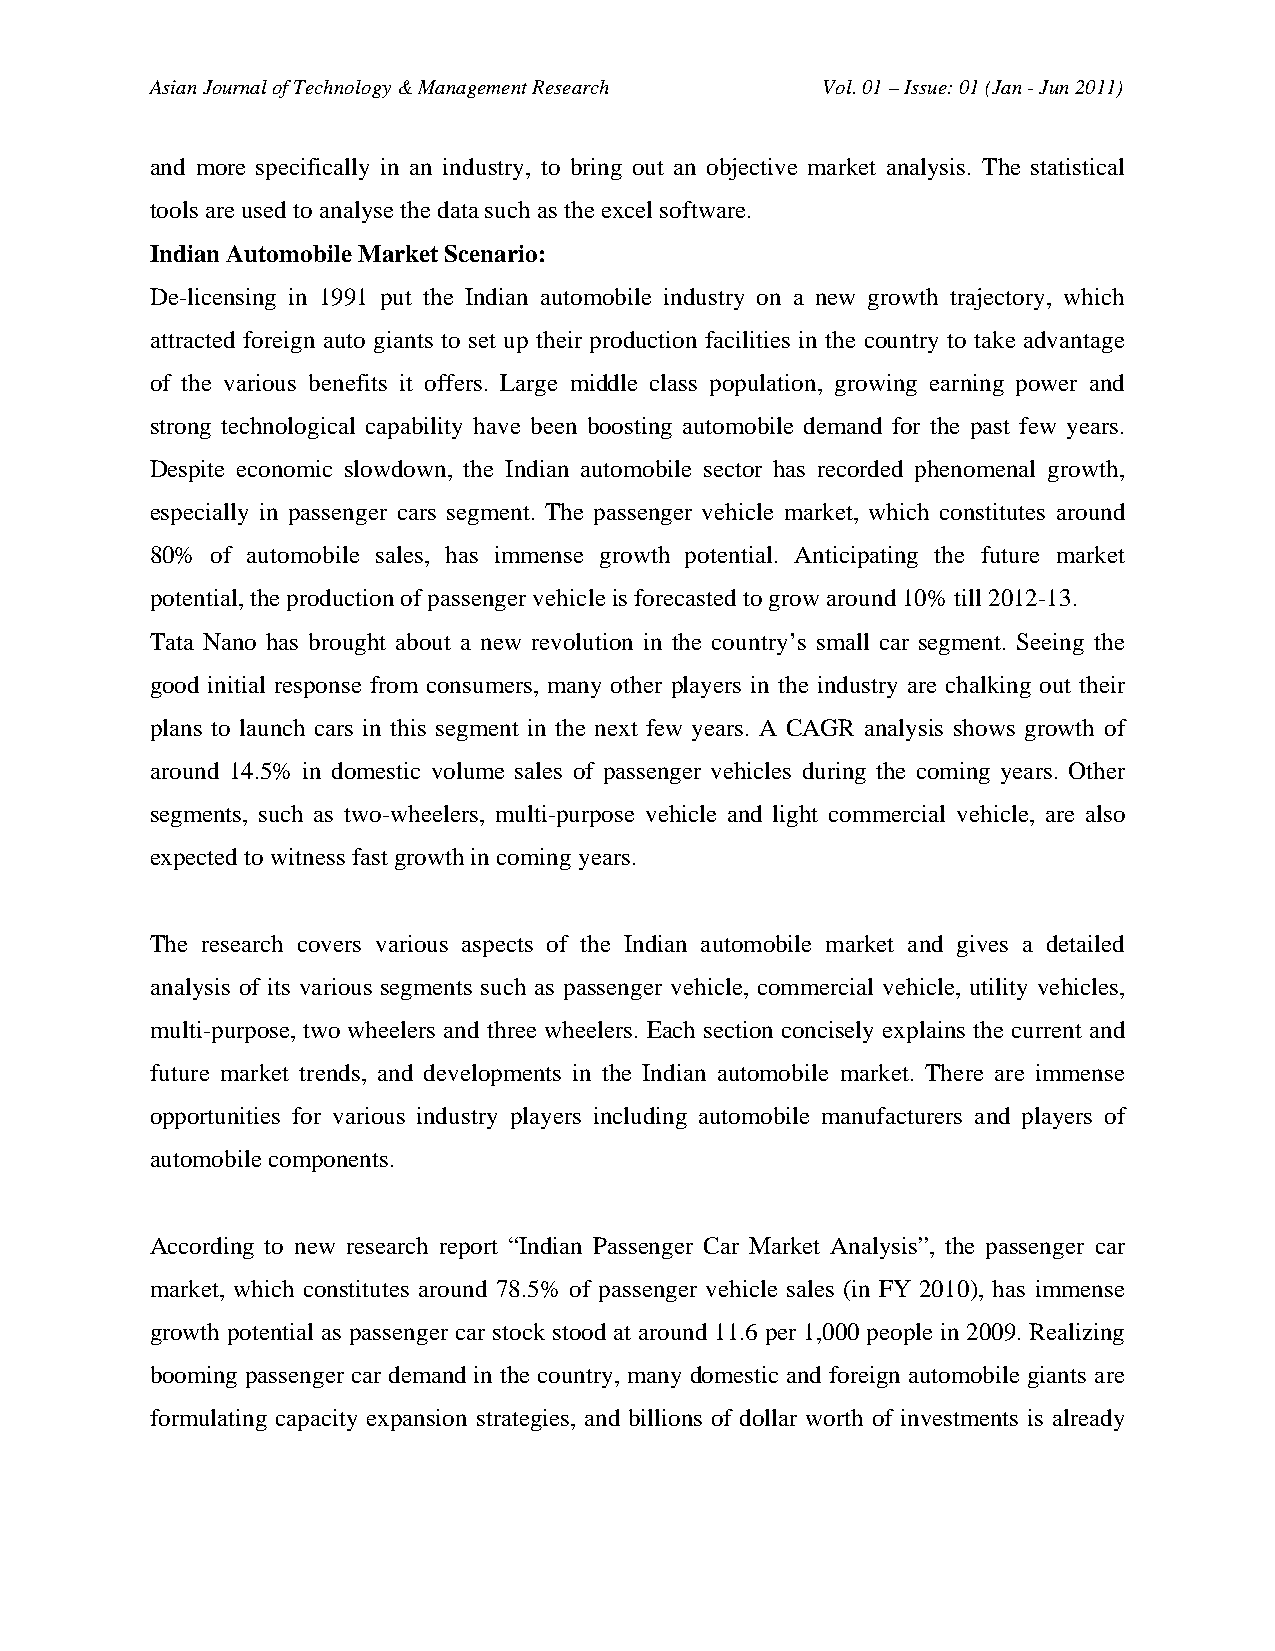
Asian Journal of Technology & Management Research Vol. 01 – Issue: 01 (Jan - Jun 2011)
 and more specifically in an industry, to bring out an objective market analysis. The statistical
 tools are used to analyse the data such as the excel software.
 Indian Automobile Market Scenario:
 De-licensing in 1991 put the Indian automobile industry on a new growth trajectory, which
 attracted foreign auto giants to set up their production facilities in the country to take advantage
 of the various benefits it offers. Large middle class population, growing earning power and
 strong technological capability have been boosting automobile demand for the past few years.
 Despite economic slowdown, the Indian automobile sector has recorded phenomenal growth,
 especially in passenger cars segment. The passenger vehicle market, which constitutes around
 80% of automobile sales, has immense growth potential. Anticipating the future market
 potential, the production of passenger vehicle is forecasted to grow around 10% till 2012-13.
 Tata Nano has brought about a new revolution in the country’s small car segment. Seeing the
 good initial response from consumers, many other players in the industry are chalking out their
 plans to launch cars in this segment in the next few years. A CAGR analysis shows growth of
 around 14.5% in domestic volume sales of passenger vehicles during the coming years. Other
 segments, such as two-wheelers, multi-purpose vehicle and light commercial vehicle, are also
 expected to witness fast growth in coming years.
 The research covers various aspects of the Indian automobile market and gives a detailed
 analysis of its various segments such as passenger vehicle, commercial vehicle, utility vehicles,
 multi-purpose, two wheelers and three wheelers. Each section concisely explains the current and
 future market trends, and developments in the Indian automobile market. There are immense
 opportunities for various industry players including automobile manufacturers and players of
 automobile components.
 According to new research report “Indian Passenger Car Market Analysis”, the passenger car
 market, which constitutes around 78.5% of passenger vehicle sales (in FY 2010), has immense
 growth potential as passenger car stock stood at around 11.6 per 1,000 people in 2009. Realizing
 booming passenger car demand in the country, many domestic and foreign automobile giants are
 formulating capacity expansion strategies, and billions of dollar worth of investments is already